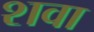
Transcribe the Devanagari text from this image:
शवा